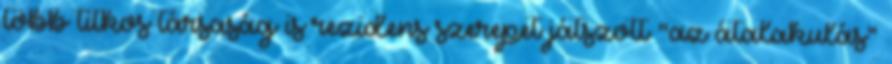
több titkos tár­saság is rezidens szerepet játszott "az átala­kulás”